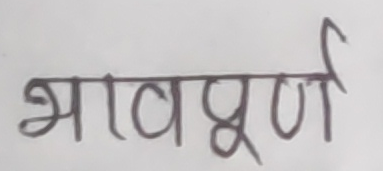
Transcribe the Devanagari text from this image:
भावपूर्ण